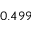
0 . 4 9 9